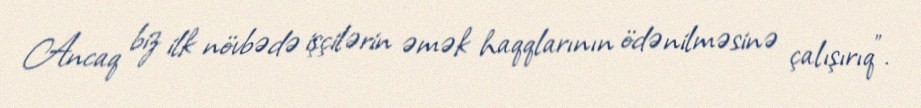
Ancaq biz ilk növbədə işçilərin əmək haqqlarının ödənilməsinə çalışırıq”.